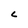
Character: c